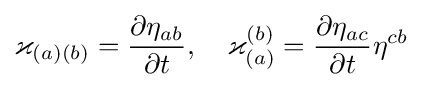
\varkappa _{(a)(b)}={\frac {\partial \eta _{ab}}{\partial t}},\quad \varkappa _{(a)}^{(b)}={\frac {\partial \eta _{ac}}{\partial t}}\eta ^{cb}